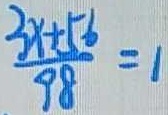
\frac { 3 x + 5 6 } { 9 8 } = 1